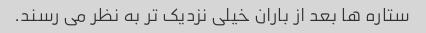
ستاره ها بعد از باران خیلی نزدیک تر به نظر می رسند.